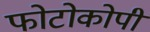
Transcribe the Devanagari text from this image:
फोटोकोपी